Lunatic asylums in Bengal annual reports 1888-1898 - 1888-1898
Year: 1888
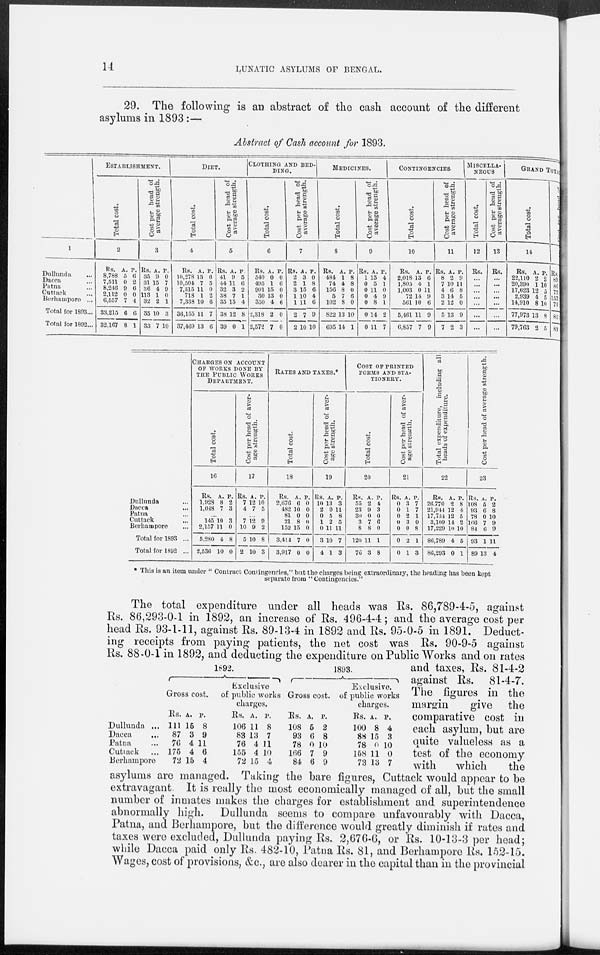
14
LUNATIC ASYLUMS OF BENGAL.
29. The following is an abstract of the cash account of the different
asylums in 1893 :—
Abstract of Cash account for 1893.
1
Dullunda
...
Dacca ...
Patna ...
Cuttack ...
Berhampore ...
Total for 1893...
Total for 1892...
ESTABLISHMENT.
Total cost.
2
Rs.
8,788
7,511
8,246
2,112
6,557
33,215
32,167
A.
5
0
9
0
7
6
8
P.
6
2
6
0
4
6
1
Cost per head of
average strength.
3
Rs.
35
31
36
113
32
35
33
A.
9
15
4
1
2
10
7
P.
0
7
9
0
1
3
10
DIET.
Total cost.
4
Rs.
10,278
10,504
7,315
718
7,338
36,155
37,469
A.
13
7
11
1
10
11
13
P.
6
5
0
2
6
7
6
Cost per head of
average strength.
5
Rs.
41
44
32
38
35
38
39
A.
9
11
3
7
15
12
0
P.
5
6
2
1
4
8
1
CLOTHING AND BED-
----.
Total cost.
6
Rs.
540
495
901
30
350
2,318
2,572
A.
0
1
15
13
4
2
7
P.
0
6
0
0
6
0
0
Cost per head of
average strength.
7
Rs.
2
2
3
1
1
2
2
A.
3
1
15
10
11
7
10
P.
0
8
6
4
6
9
10
MEDICINES.
Total cost.
8
Rs.
484
74
156
5
102
822
695
A.
1
4
8
7
8
13
14
P.
8
8
0
6
0
10
1
Cost per head of
average strength.
9
Rs.
1
0
0
0
0
0
0
A.
15
5
11
4
8
14
11
P.
4
1
0
9
1
2
7
CONTINGENCIES.
Total cost.
10
Rs.
2,018
1,805
1,003
72
561
5,461
6,857
A.
13
4
0
14
10
11
7
P.
6
1
11
9
6
9
9
Cost per head of
average strength.
11
Rs.
8
7
4
3
2
5
7
A.
2
10
6
14
12
13
2
P.
9
11
8
5
0
9
3
MISCELLA-
------
Total cost.
12
Rs.
...
...
...
...
...
...
...
Cost per head of
average strength.
13
Rs.
...
...
...
...
...
...
...
GRAND TOTAL.
Total cost.
14
Rs.
22,110
20,390
17,623
2,939
14,910
77,973
79,763
A.
2
1
12
4
8
13
2
P.
2
10
5
5
10
8
5
Rs.
89
86
77
157
73
83
83
Dullunda ...
Dacca ...
Patna ...
Cuttack ...
Berhampore ...
Total for 1893 ...
Total for 1892 ...
CHARGES ON ACCOUNT
OF WORKS DONE BY
THE PUBLIC WORKS
DEPARTMENT.
Total cost.
16
Rs.
1,928
1,048
A.
8
7
P.
2
3
...
145
2,157
5,280
2,536
10
11
4
10
3
0
8
0
Cost per head of aver-
age strength.
17
Rs.
7
4
A.
12
7
P.
10
5
...
7
10
5
2
12
9
10
10
9
2
8
3
RATES AND TAXES.*
Total cost.
18
Rs.
2,676
482
81
21
152
3,414
3,917
A.
6
10
0
8
15
7
0
P.
0
0
0
0
0
0
0
Cost per head of aver-
age strength.
19
Rs.
10
2
0
1
0
3
4
A.
13
0
5
2
11
10
1
P.
3
11
8
5
11
7
3
COST OF PRINTED
FORMS AND STA-
TIONERY.
Total cost.
20
Rs.
55
23
30
3
8
120
76
A.
2
9
0
7
8
11
3
P.
4
3
0
6
0
1
8
Cost per head of aver-
age strength.
21
Rs.
0
0
0
0
0
0
0
A.
3
1
2
3
0
2
1
P.
7
7
1
0
8
1
3
Total expenditure, including all
heads of expenditure.
22
Rs.
26,770
21,944
17,734
3,109
17,229
86,789
86,293
A.
2
12
12
14
10
4
0
P.
8
4
5
2
10
5
1
Cost per head of average strength.
23
Rs.
108
93
78
166
84
93
89
A.
5
6
0
7
6
1
13
P.
2
8
10
9
9
11
4
* This is an item under " Contract Contingencies," but the charges being extraordinary, the heading has been kept
separate from " Contingencies."
Dullunda ...
Dacca ...
Patna ...
Cuttack ...
Berhampore
1892.
Gross cost.
Rs.
111
87
76
175
72
A.
15
3
4
4
15
P.
8
9
11
6
4
Exclusive
of public works
charges.
Rs.
106
83
76
155
72
A.
11
13
4
4
15
P.
8
7
11
10
4
1893.
Gross cost.
Rs.
108
93
78
166
84
A.
5
6
0
7
6
P.
2
8
10
9
9
Exclusive
of public works
charges.
Rs.
100
88
78
158
73
A.
8
15
0
11
13
P.
4
3
10
0
7
The total expenditure under all heads was Rs. 86,789-4-5, against
Rs. 86,293-0-1 in 1892, an increase of Rs. 496-4-4; and the average cost per
head Rs. 93-1-11, against Rs. 89-13-4 in 1892 and Rs. 95-0-5 in 1891. Deduct-
ing receipts from paying patients, the net cost was Rs. 90-9-5 against
Rs. 88-0-1 in 1892, and deducting the expenditure on Public Works and on rates
and taxes, Rs. 81-4-2
against Rs. 81-4-7.
The figures in the
margin
give the
comparative cost in
each asylum, but are
quite valueless as a
test of the economy
with
which
the
asylums are managed. Taking the bare figures, Cuttack would appear to be
extravagant. It is really the most economically managed of all, but the small
number of inmates makes the charges for establishment and superintendence
abnormally high. Dullunda seems to compare unfavourably with Dacca,
Patna, and Berhampore, but the difference would greatly diminish if rates and
taxes were excluded, Dullunda paying Rs. 2,676-6, or Rs. 10-13-3 per head;
while Dacca paid only Rs. 482-10, Patna Rs. 81, and Berhampore Rs. 152-15.
Wages, cost of provisions, &c., are also dearer in the capital than in the provincial